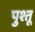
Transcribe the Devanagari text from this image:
पुश्तू